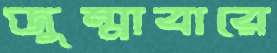
জুম্মাবারে